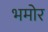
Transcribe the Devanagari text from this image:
भमोर